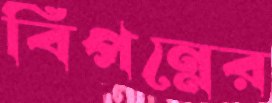
বিপন্নের